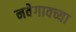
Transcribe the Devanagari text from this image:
नवेगावच्या